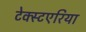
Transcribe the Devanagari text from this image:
टेक्स्टएरिया